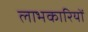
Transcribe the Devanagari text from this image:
लाभकारियों